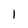
Character: 1